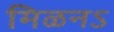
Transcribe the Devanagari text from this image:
मिळनऽ